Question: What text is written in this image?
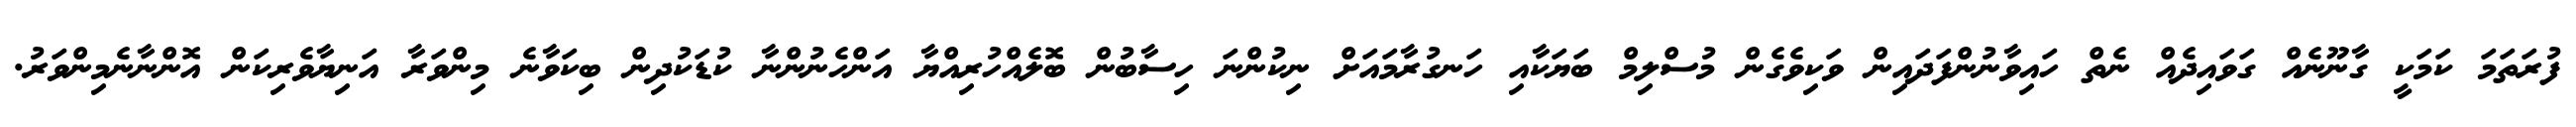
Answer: ފުރަތަމަ ކަމަކީ ގާނޫނެއް ގަވައިދެއް ނެތް ހައިވާނުންފަދައިން ވަކިވެގެން މުސްލިމް ބަޔަކާއި ހަނގުރާމައަށް ނިކުންނަ ހިސާބުން ބޮލެއްހުރިއްޔާ އަންހެނުންނާ ކުޑަކުދިން ބިކަވާނެ މިންވަރާ އަނިޔާވެރިކަން އޮންނާނެމިންވަރު.